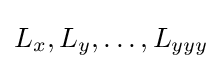
L_{x},L_{y},\ldots ,L_{yyy}